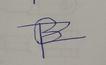
Signature authenticity: forged